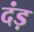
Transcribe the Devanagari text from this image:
दंड़